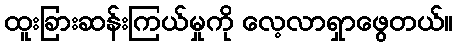
ထူးခြားဆန်းကြယ်မှုကို လေ့လာရှာဖွေတယ်။